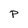
Character: P